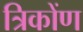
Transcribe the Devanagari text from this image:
त्रिकोंण